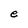
Character: e